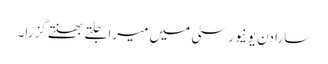
سارا دن یونیورسٹی میں میرا جلتے بھنتے گزرا۔